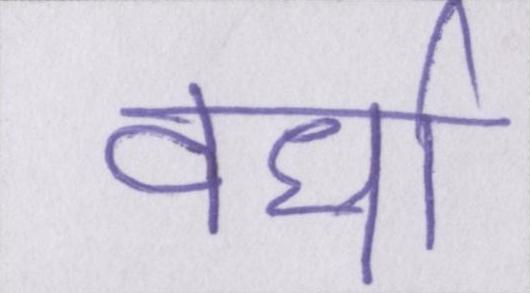
वर्धा